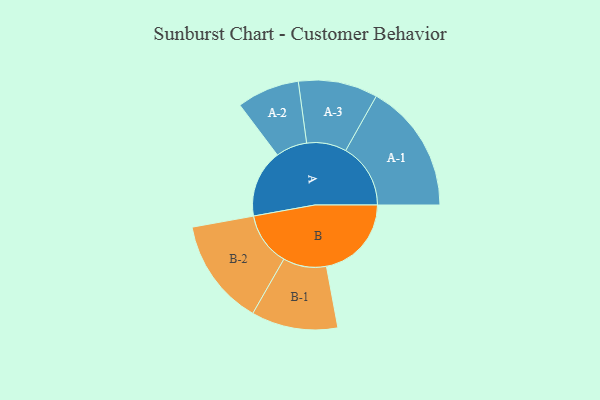
{"axis": {"x": "Segment", "y": "Value"}, "legend": ["", "A", "B"], "data": [{"x": "A", "y": 266, "type": ""}, {"x": "B", "y": 334, "type": ""}, {"x": "A-1", "y": 255, "type": "A"}, {"x": "A-2", "y": 123, "type": "A"}, {"x": "A-3", "y": 156, "type": "A"}, {"x": "B-1", "y": 170, "type": "B"}, {"x": "B-2", "y": 210, "type": "B"}]}